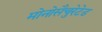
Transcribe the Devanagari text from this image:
मोनोसैचुरेटेड